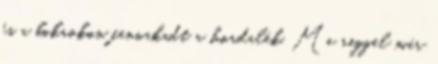
és a bokrokon fennakadt a hordalék. Ma reggel már